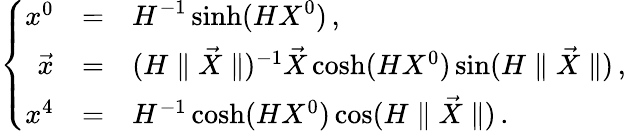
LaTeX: \left\{ \begin{array}{rcllr}{{x^{0}}}&{{=}}&{{{\displaystyle H^{-1}\sinh(HX^{0})}\, ,}}\\ {{\vec{x}}}&{{=}}&{{(H\parallel\vec{X}\parallel)^{-1}\vec{X}\cosh(HX^{0})\sin(H\parallel\vec{X}\parallel)\, ,}}\\ {{x^{4}}}&{{=}}&{{H^{-1}\cosh(HX^{0})\cos(H\parallel\vec{X}\parallel)\, .}}\end{array}\right.